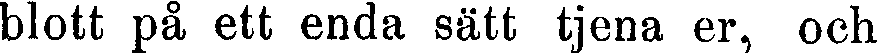
blott på ett enda sätt tjena er, och